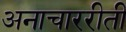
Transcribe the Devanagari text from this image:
अनाचाररीती